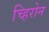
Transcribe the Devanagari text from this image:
च्हिरोन